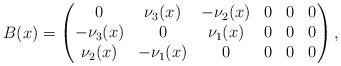
LaTeX: \begin{align*} B(x) = \begin{pmatrix} 0 &\nu_3(x) &-\nu_2(x) &0 &0 &0 \\ -\nu_3(x) &0 &\nu_1(x) &0 &0 &0 \\ \nu_2(x) &-\nu_1(x) &0 &0 &0 &0 \end{pmatrix}, \end{align*}